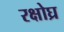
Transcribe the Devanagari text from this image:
रक्षोघ्र